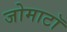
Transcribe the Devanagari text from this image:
जोमाटॉ